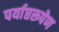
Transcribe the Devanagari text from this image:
पर्याप्तरूपेण